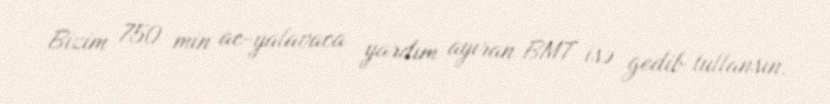
Bizim 750 min ac-yalavaca yardım ayıran BMT isə gedib tullansın.